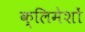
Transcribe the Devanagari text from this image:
क्लिमेशों